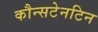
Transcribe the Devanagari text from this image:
कौन्सटेनटिन